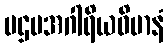
ပဌမအဂါရိယဝိမာနံ